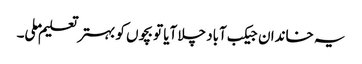
یہ خاندان جیکب آباد چلا آیا تو بچوں کو بہتر تعلیم ملی۔